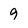
Character: 9